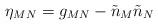
LaTeX: \begin{align*}\eta_{MN} = g_{MN} - \tilde n_M \tilde n_N\end{align*}